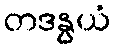
တဒနွယံ